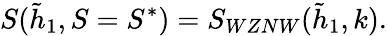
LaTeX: S(\tilde{h}_{1},S=S^{*})=S_{WZNW}(\tilde{h}_{1},k).